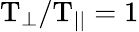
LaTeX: \mathrm{T_{\perp}/T_{||}=1}